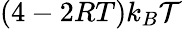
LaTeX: (4-2RT)k_{B}\mathcal{T}